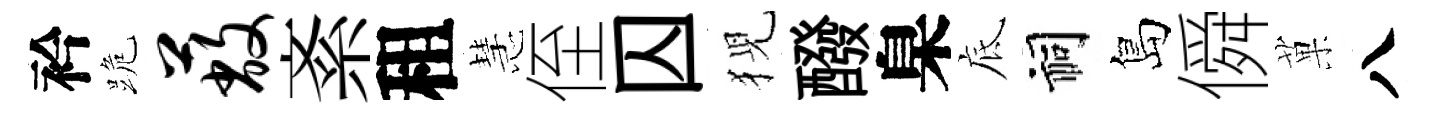
衿跪蔽紊租慧侄囚猊醱臬底祠島僢菓八